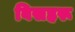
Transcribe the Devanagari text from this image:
बिसहरू